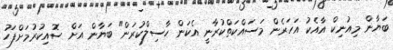
ބަޔާން މިއުނިކް އާއެކު އަހަރެން މަސައްކަތްކުރާނީ އެކަން ހާސިލްކުރަން" ބަޔާން އަށް ސޮއިކުރުމަށްފަހު